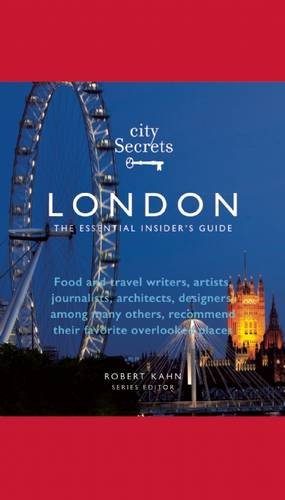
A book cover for City Secrets London: The Essential Insider's Guide; Travel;